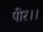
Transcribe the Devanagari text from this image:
पीर।।